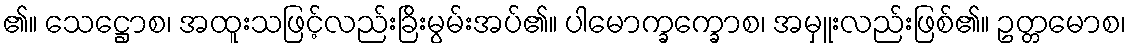
၏။ သေဋ္ဌောစ၊ အထူးသဖြင့်လည်းခြိးမွမ်းအပ်၏။ ပါမောက္ခက္ခောစ၊ အမှူးလည်းဖြစ်၏။ ဥတ္တမောစ၊